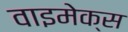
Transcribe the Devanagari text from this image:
वाइमेक्स